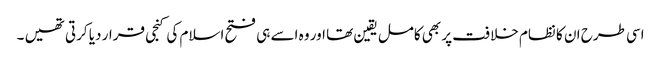
اسی طرح ان کا نظام خلافت پر بھی کامل یقین تھا اور وہ اسے ہی فتح اسلام کی کنجی قرار دیا کرتی تھیں ۔